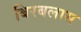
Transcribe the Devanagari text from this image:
बिरबलास